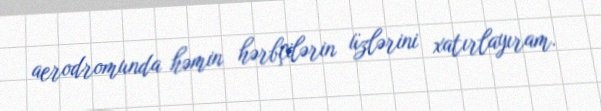
aerodromunda həmin hərbçilərin üzlərini xatırlayıram.